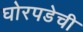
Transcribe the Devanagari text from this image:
घोरपडेची